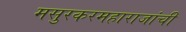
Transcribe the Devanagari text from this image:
मसुरकरमहाराजांची